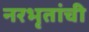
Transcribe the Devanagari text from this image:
नरभृतांची